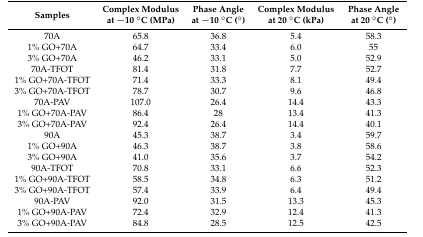
| Samples | Complex Modulus at −10 °C (MPa) | Phase Angle at −10 °C (°) | Complex Modulus at 20 °C (kPa) | Phase Angle at 20 °C (°) |
 | --- | --- | --- | --- | --- |
 | 70A | 65.8 | 36.8 | 5.4 | 58.3 |
 | 1% GO+70A | 64.7 | 33.4 | 6.0 | 55 |
 | 3% GO+70A | 46.2 | 33.1 | 5.0 | 52.9 |
 | 70A-TFOT | 81.4 | 31.8 | 7.7 | 52.7 |
 | 1% GO+70A-TFOT | 71.4 | 33.3 | 8.1 | 49.4 |
 | 3% GO+70A-TFOT | 78.7 | 30.7 | 9.6 | 46.8 |
 | 70A-PAV | 107.0 | 26.4 | 14.4 | 43.3 |
 | 1% GO+70A-PAV | 86.4 | 28 | 13.4 | 41.3 |
 | 3% GO+70A-PAV | 92.4 | 26.4 | 14.4 | 40.1 |
 | 90A | 45.3 | 38.7 | 3.4 | 59.7 |
 | 1% GO+90A | 46.3 | 38.7 | 3.8 | 58.6 |
 | 3% GO+90A | 41.0 | 35.6 | 3.7 | 54.2 |
 | 90A-TFOT | 70.8 | 33.1 | 6.6 | 52.3 |
 | 1% GO+90A-TFOT | 58.5 | 34.8 | 6.3 | 51.2 |
 | 3% GO+90A-TFOT | 57.4 | 33.9 | 6.4 | 49.4 |
 | 90A-PAV | 92.0 | 31.5 | 13.3 | 45.3 |
 | 1% GO+90A-PAV | 72.4 | 32.9 | 12.4 | 41.3 |
 | 3% GO+90A-PAV | 84.8 | 28.5 | 12.5 | 42.5 |